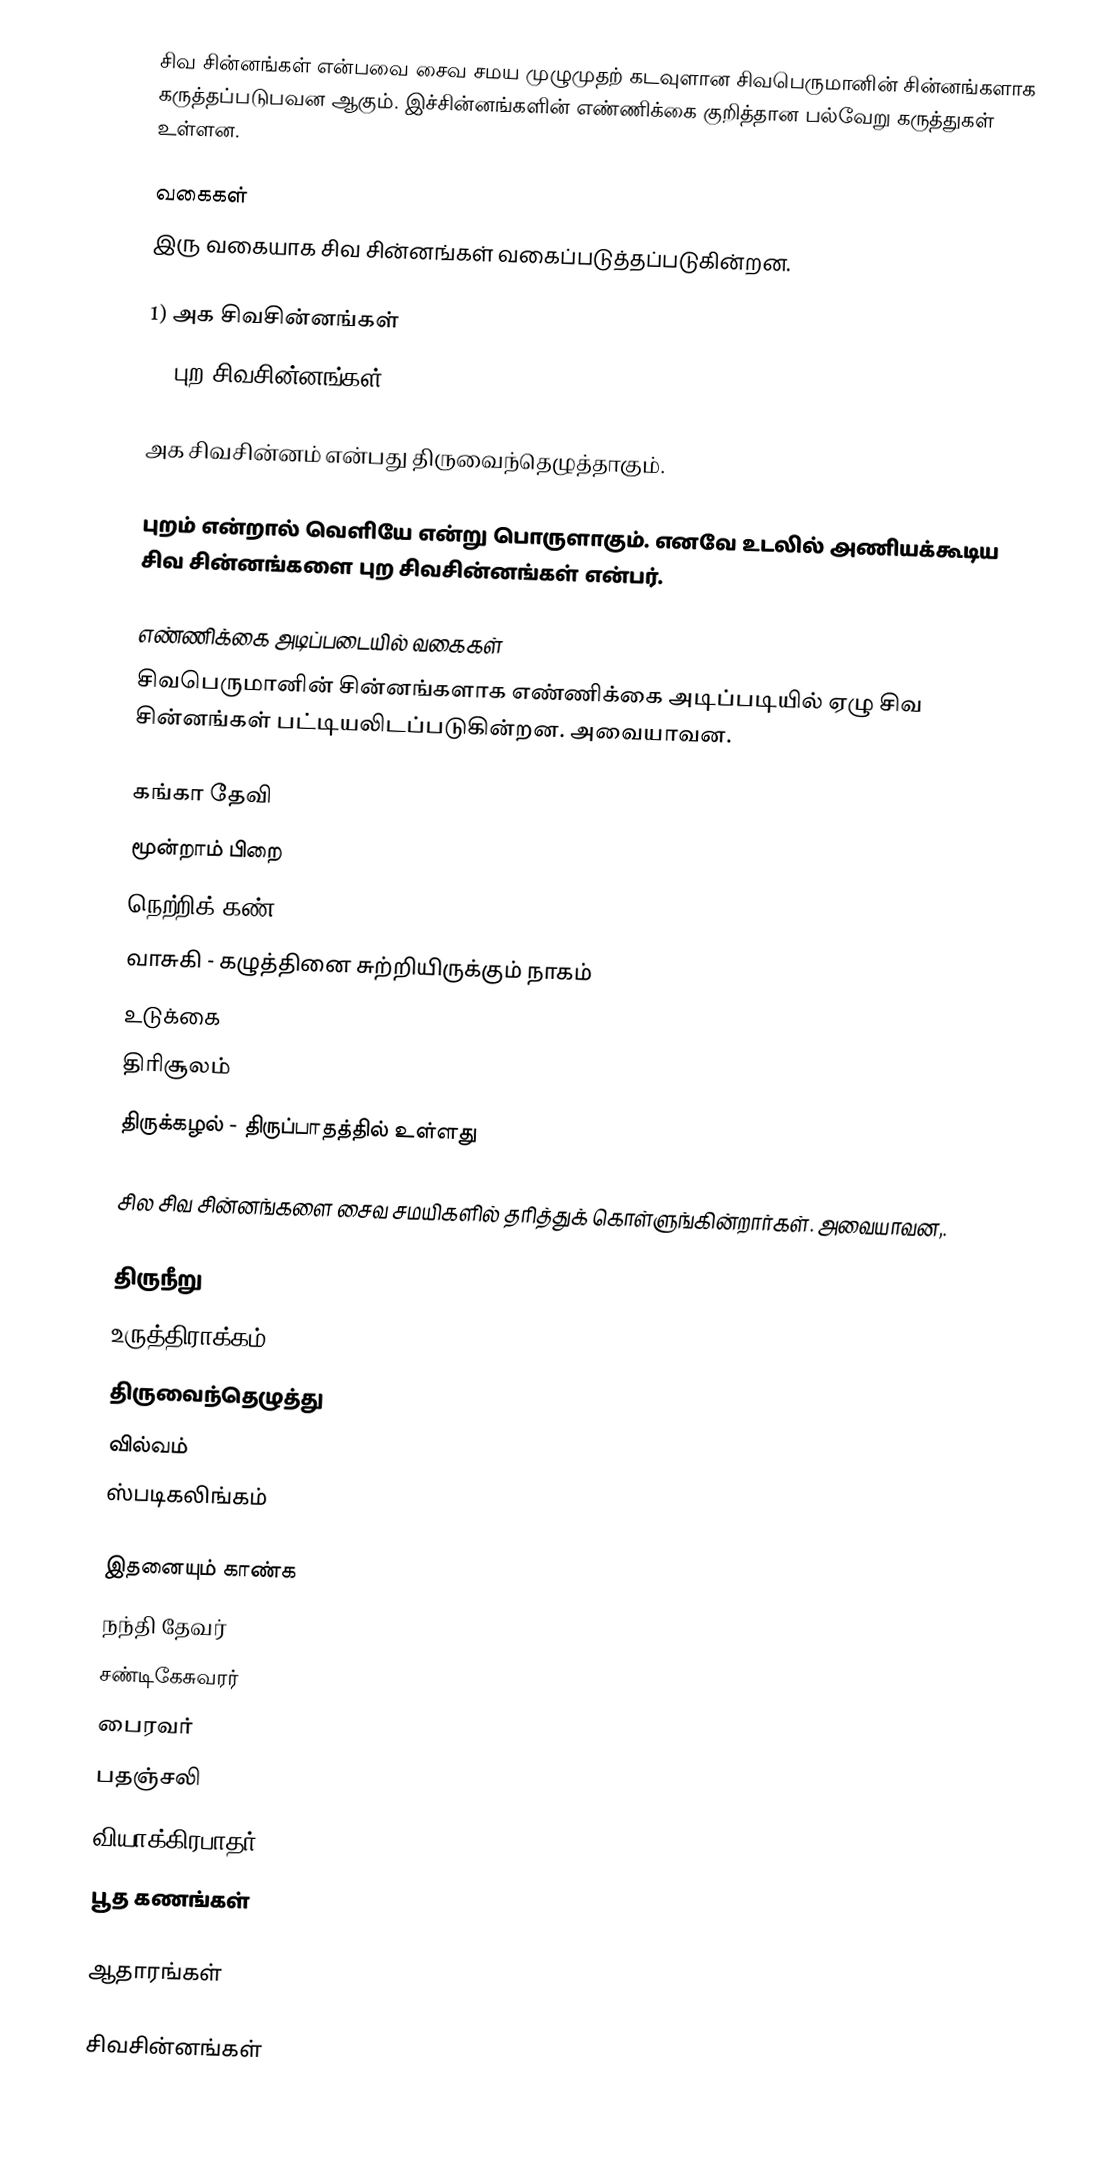
சிவ சின்னங்கள் என்பவை சைவ சமய முழுமுதற் கடவுளான சிவபெருமானின் சின்னங்களாக கருத்தப்படுபவன ஆகும். இச்சின்னங்களின் எண்ணிக்கை குறித்தான பல்வேறு கருத்துகள் உள்ளன.

வகைகள்
இரு வகையாக சிவ சின்னங்கள் வகைப்படுத்தப்படுகின்றன.

1) அக சிவசின்னங்கள்
2) புற சிவசின்னங்கள்

அக சிவசின்னம் என்பது திருவைந்தெழுத்தாகும்.

புறம் என்றால் வெளியே என்று பொருளாகும். எனவே உடலில் அணியக்கூடிய சிவ சின்னங்களை புற சிவசின்னங்கள் என்பர்.

எண்ணிக்கை அடிப்படையில் வகைகள்
சிவபெருமானின் சின்னங்களாக எண்ணிக்கை அடிப்படியில் ஏழு சிவ சின்னங்கள் பட்டியலிடப்படுகின்றன. அவையாவன.

 கங்கா தேவி
 மூன்றாம் பிறை
 நெற்றிக் கண்
 வாசுகி - கழுத்தினை சுற்றியிருக்கும் நாகம்
 உடுக்கை
 திரிசூலம்
 திருக்கழல் - திருப்பாதத்தில் உள்ளது

சில சிவ சின்னங்களை சைவ சமயிகளில் தரித்துக் கொள்ளுங்கின்றார்கள். அவையாவன,.

 திருநீறு
 உருத்திராக்கம்
 திருவைந்தெழுத்து
 வில்வம்
 ஸ்படிகலிங்கம்

இதனையும் காண்க
 நந்தி தேவர்
 சண்டிகேசுவரர்
 பைரவர்
 பதஞ்சலி
 வியாக்கிரபாதர்
 பூத கணங்கள்

ஆதாரங்கள்

 சிவசின்னங்கள்